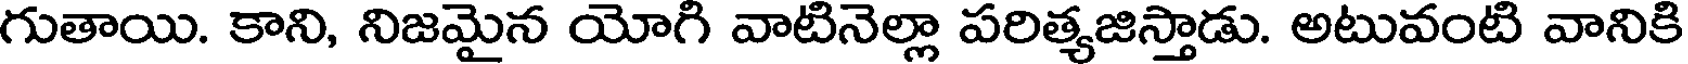
గుతాయి. కాని, నిజమైన యోగి వాటినెల్లా పరిత్యజిస్తాడు. అటువంటి వానికి